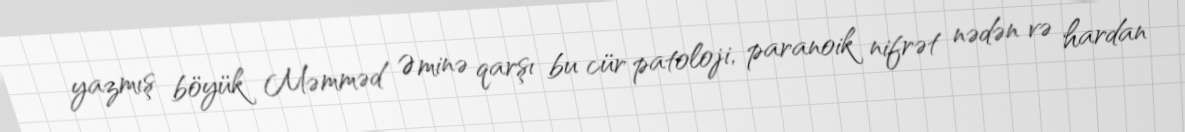
yazmış böyük Məmməd Əminə qarşı bu cür patoloji, paranoik nifrət nədən və hardan